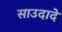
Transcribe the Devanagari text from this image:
साउदादे